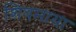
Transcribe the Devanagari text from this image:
शिवमाया